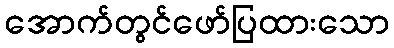
အောက်တွင်ဖော်ပြထားသော